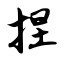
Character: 捏